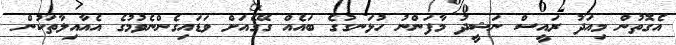
އެގޮތުން މިއަދު ރައީސް ނަޝީދު މާފަންނު ހުޅަނގުގެ ބައެއް ގޭގެއަށް ވަޑައިގެންނެވުމުގެ އެއާއިލާތަކުން